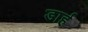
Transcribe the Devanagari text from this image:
डार्ह